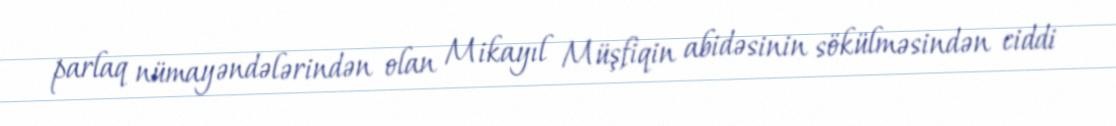
parlaq nümayəndələrindən olan Mikayıl Müşfiqin abidəsinin sökülməsindən ciddi